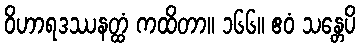
ဝိဟာရဒဿနတ္ထံ ကထိတာ။ ၁၆၆။ ဧဝံ သန္တေပိ